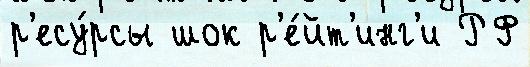
р'есу́рсы шок р'е́йт'инг'и РФ